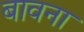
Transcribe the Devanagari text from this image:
बावना